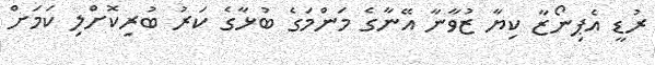
ރުޑީ އެޕިނޯޒާ ކިޔާ ޒުވާނާ އޭނާގެ މަންމަގެ ބުޅާގެ ކަރު ބުރިކޮށްލި ކަމަށް